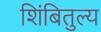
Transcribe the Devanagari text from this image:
शिंबितुल्य